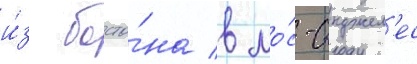
и́з босто́на в ло́с-анджел'ес